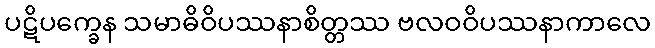
ပဋိပက္ခေန သမာဓိဝိပဿနာစိတ္တဿ ဗလဝဝိပဿနာကာလေ